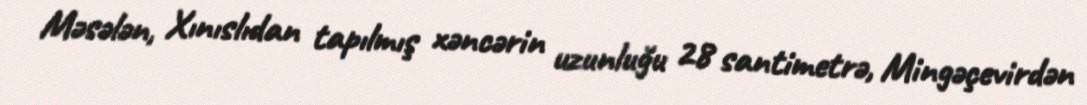
Məsələn, Xınıslıdan tapılmış xəncərin uzunluğu 28 santimetrə, Mingəçevirdən